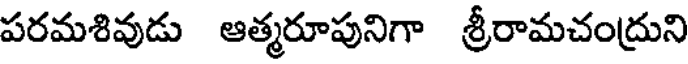
పరమశివుడు ఆత్మరూపునిగా శ్రీరామచంద్రుని